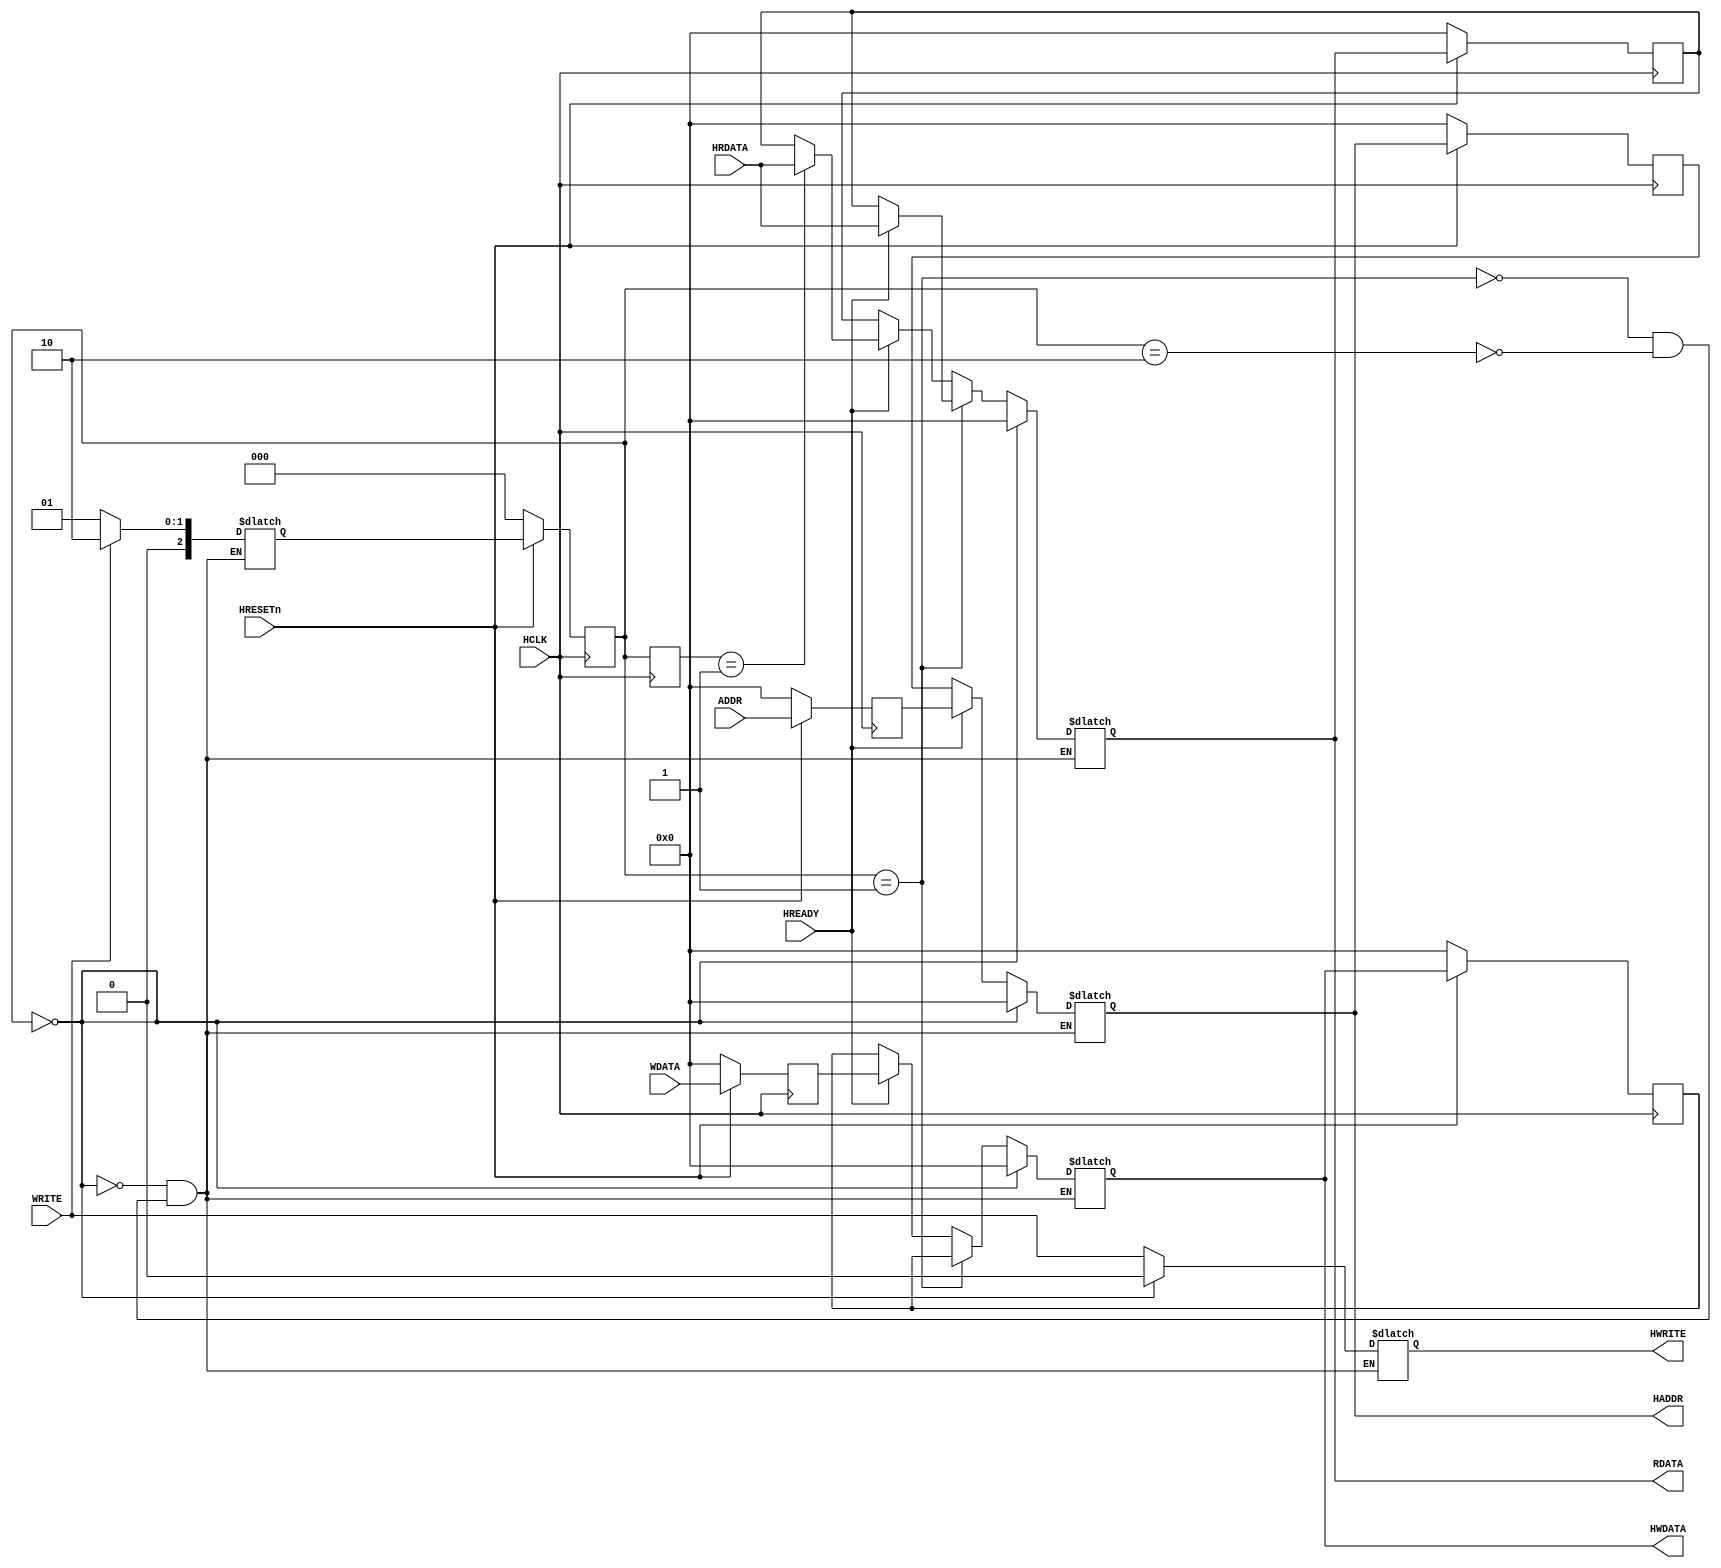
///////////////////////////////////////////////////////////////////////////////////////////////////////////////////////////////////////////////////////
// University  : Washington University in St Louis
// Description : AMBA AHB-Lite "Junior" Bus Master
///////////////////////////////////////////////////////////////////////////////////////////////////////////////////////////////////////////////////////

module My_Master (HREADY,HRESETn,HCLK,HRDATA,WRITE,ADDR,WDATA,HADDR,HWRITE,HWDATA,RDATA); 

	input HRESETn, HCLK, WRITE, HREADY; 
    input [31:0] ADDR, WDATA, HRDATA;
	output reg HWRITE;
    output reg[31:0] RDATA, HADDR, HWDATA; 

    reg[31:0] HADDR_D, HWDATA_D, WDATA_D, RDATA_D; //Delays signals
    reg[31:0] ADDR_CLKEDGE; //Convert ADDR input signal to be synchronous to HCLK
    reg[2:0] state, next_state, prev_state;  //State registers
    parameter RESET_STATE=0, READ_STATE=1, WRITE_STATE=2, WAIT_STATE=3;


    //Note: I think we can use a Moore machine with one always block for
    //states, one always block for outputs. This implied synchronous reset
    //signal...
    
    //Latch inputs.
    always @(posedge HCLK) begin
        if(HRESETn == 1'b0) begin
            HADDR_D <= 32'b0;
            HWDATA_D <= 32'b0;
            RDATA_D <= 32'b0;
            WDATA_D <= 32'b0;
            ADDR_CLKEDGE <= 32'b0;
        end
        else begin
            HADDR_D <= HADDR;
            HWDATA_D <= HWDATA;
            RDATA_D <= RDATA;
            WDATA_D <= WDATA;
            ADDR_CLKEDGE <= ADDR;
        end
    end

    //State register update
    always @(posedge HCLK) begin
        if(HRESETn == 1'b0) begin
            state <= RESET_STATE;
        end
        else begin
            state <= next_state;
        end
        prev_state <= state;  //Need previous state for read/write or write/read transitions
    end

    //State transitions
    always @(state, WRITE, HREADY) begin
        case (state)
            RESET_STATE:
                if (WRITE == 1'b0) begin
                    next_state <= READ_STATE;
                end
                else if (WRITE == 1'b1) begin
                    next_state <= WRITE_STATE;
                end
            READ_STATE:
                if(WRITE == 1'b0) begin
                    next_state <= READ_STATE;
                end
                else if(WRITE == 1'b1) begin
                    next_state <= WRITE_STATE;
                end
            WRITE_STATE:
                if(WRITE == 1'b0) begin
                    next_state <= READ_STATE;
                end
                else if(WRITE == 1'b1) begin
                    next_state <= WRITE_STATE;
                end
            endcase
        end 

    //FSM outputs
    always @(state, HREADY, ADDR_CLKEDGE) begin
        if(state == RESET_STATE) begin
            HWRITE <= 1'b0;
            RDATA  <= 32'b0;
            HADDR  <= 32'b0;
            HWDATA <= 32'b0;
        end
        else if (state == READ_STATE) begin //Perform a read.
            HWRITE <= WRITE;
            if(HREADY == 1'b1) begin
                RDATA <= HRDATA;
                HADDR <= ADDR_CLKEDGE;
                HWDATA <= HWDATA_D;
                if(prev_state == WRITE_STATE) begin
                    HWDATA  <= HWDATA_D;
                end
            end
            else if (HREADY == 1'b0) begin
                HADDR <= HADDR_D;
                RDATA <= RDATA_D;
                HWDATA <= HWDATA_D;
           end
        end  //End read.
        else if (state == WRITE_STATE) begin //Perform a write.
            HWRITE <= WRITE;
            if(HREADY == 1'b1) begin
                HADDR <= ADDR_CLKEDGE;
                RDATA <= RDATA_D;
                HWDATA <= WDATA_D;
                if(prev_state == READ_STATE) begin
                    RDATA <= HRDATA;
                end
            end 
            else if(HREADY == 1'b0) begin
                HADDR <= HADDR_D;
                RDATA <= RDATA_D;
                HWDATA <= HWDATA_D;
            end
        end //End read.
    end

endmodule